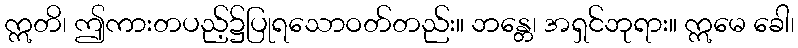
ဣတိ၊ ဤကားတပည့်၌ပြုရသောဝတ်တည်း။ ဘန္တေ၊ အရှင်ဘုရား။ ဣမေ ခေါ၊